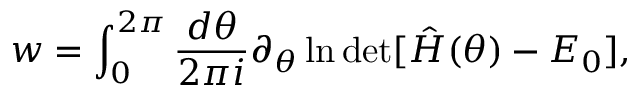
w = \int _ { 0 } ^ { 2 \pi } \frac { d \theta } { 2 \pi i } \partial _ { \theta } \ln \operatorname* { d e t } [ \hat { H } ( \theta ) - E _ { 0 } ] ,